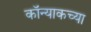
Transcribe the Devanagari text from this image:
कॉन्याकच्या